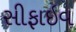
સીફાઇવ